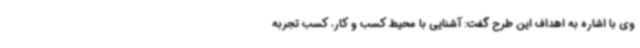
وی با اشاره به اهداف این طرح گفت: آشنایی با محیط کسب و کار، کسب تجربه